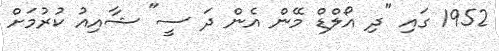
1952 ގައި "ދި އޯލްޑް މޭން އެން ދަ ސީ" ޝާއިއު ކުރުމަށް